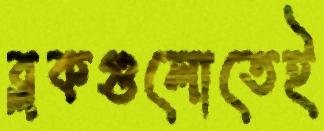
ব্লকগুলোতেই